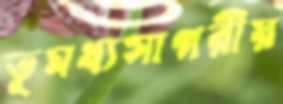
ভূমধ্যসাগরীয়